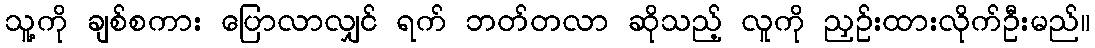
သူ့ကို ချစ်စကား ပြောလာလျှင် ရက် ဘတ်တလာ ဆိုသည့် လူကို ညှဉ်းထားလိုက်ဦးမည်။